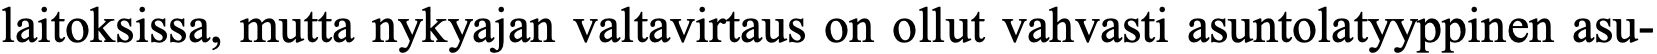
laitoksissa, mutta nykyajan valtavirtaus on ollut vahvasti asuntolatyyppinen asu-